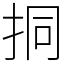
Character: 挏